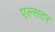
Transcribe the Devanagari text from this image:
एल्सटर